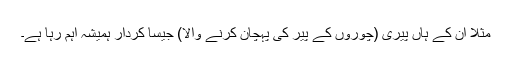
مثلاً ان کے ہاں پیری (چوروں کے پیر کی پہچان کرنے والا) جیسا کردار ہمیشہ اہم رہا ہے۔